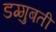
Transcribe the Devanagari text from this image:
डग्गुबती